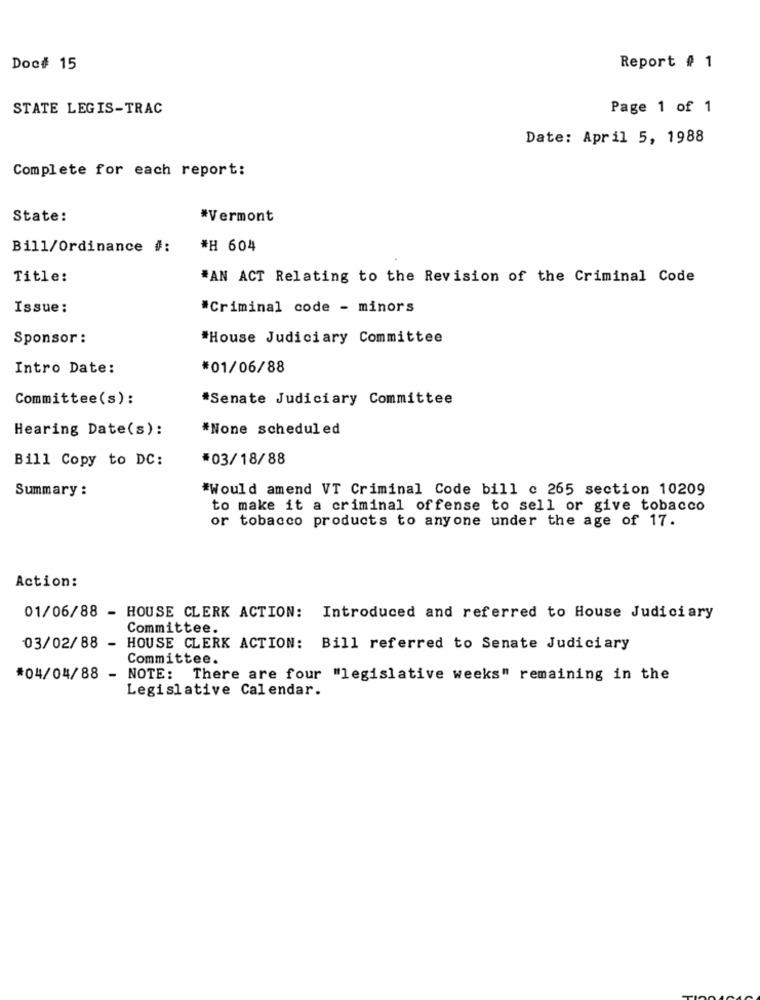
Doc# 15
Report # 1
STATE LEGIS-TRAC
Page 1 of 1
Date: April 5, 1988
Complete for each report:
State:
*Vermont
Bill/Ordinance #:
*H 604
Title:
*AN ACT Relating to the Revision of the Criminal Code
Issue:
*Criminal code - minors
Sponsor :
*House Judiciary Committee
Intro Date:
*01/06/88
Committee(s):
*Senate Judiciary Committee
Hearing Date(s):
*None scheduled
Bill Copy to DC:
#03/18/88
Summary :
*Would amend VT Criminal Code bill c 265 section 10209
to make it a criminal offense to sell or give tobacco
or tobacco products to anyone under the age of 17.
Action:
01/06/88 - HOUSE CLERK ACTION: Introduced and referred to House Judiciary
Committee.
03/02/88 - HOUSE CLERK ACTION: Bill referred to Senate Judiciary
Committee.
*04/04/88 - NOTE: There are four "legislative weeks" remaining in the
Legislative Calendar.